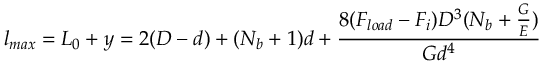
l _ { m a x } = L _ { 0 } + y = 2 ( D - d ) + ( N _ { b } + 1 ) d + \frac { 8 ( F _ { l o a d } - F _ { i } ) D ^ { 3 } ( N _ { b } + \frac { G } { E } ) } { G d ^ { 4 } }